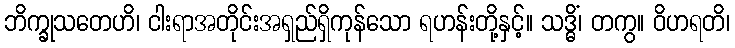
ဘိက္ခုသတေဟိ၊ ငါးရာအတိုင်းအရှည်ရှိကုန်သော ရဟန်းတို့နှင့်။ သဒ္ဓိံ၊ တကွ။ ဝိဟရတိ၊